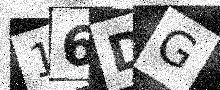
Text: 16DG